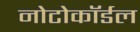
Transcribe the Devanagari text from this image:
नोटोकॉर्डल